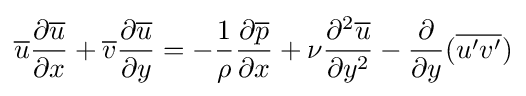
{\overline {u}}{\partial {\overline {u}} \over \partial x}+{\overline {v}}{\partial {\overline {u}} \over \partial y}=-{1 \over \rho }{\partial {\overline {p}} \over \partial x}+{\nu }{\partial ^{2}{\overline {u}} \over \partial y^{2}}-{\frac {\partial }{\partial y}}({\overline {u'v'}})